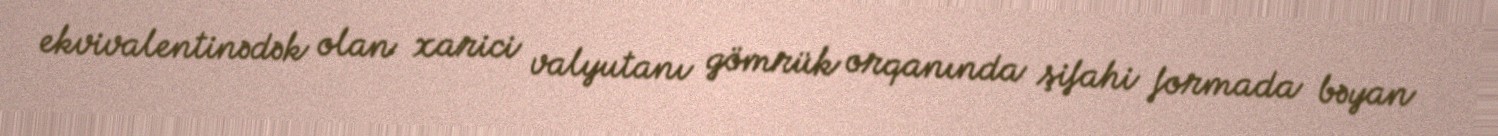
ekvivalentinədək olan xarici valyutanı gömrük orqanında şifahi formada bəyan